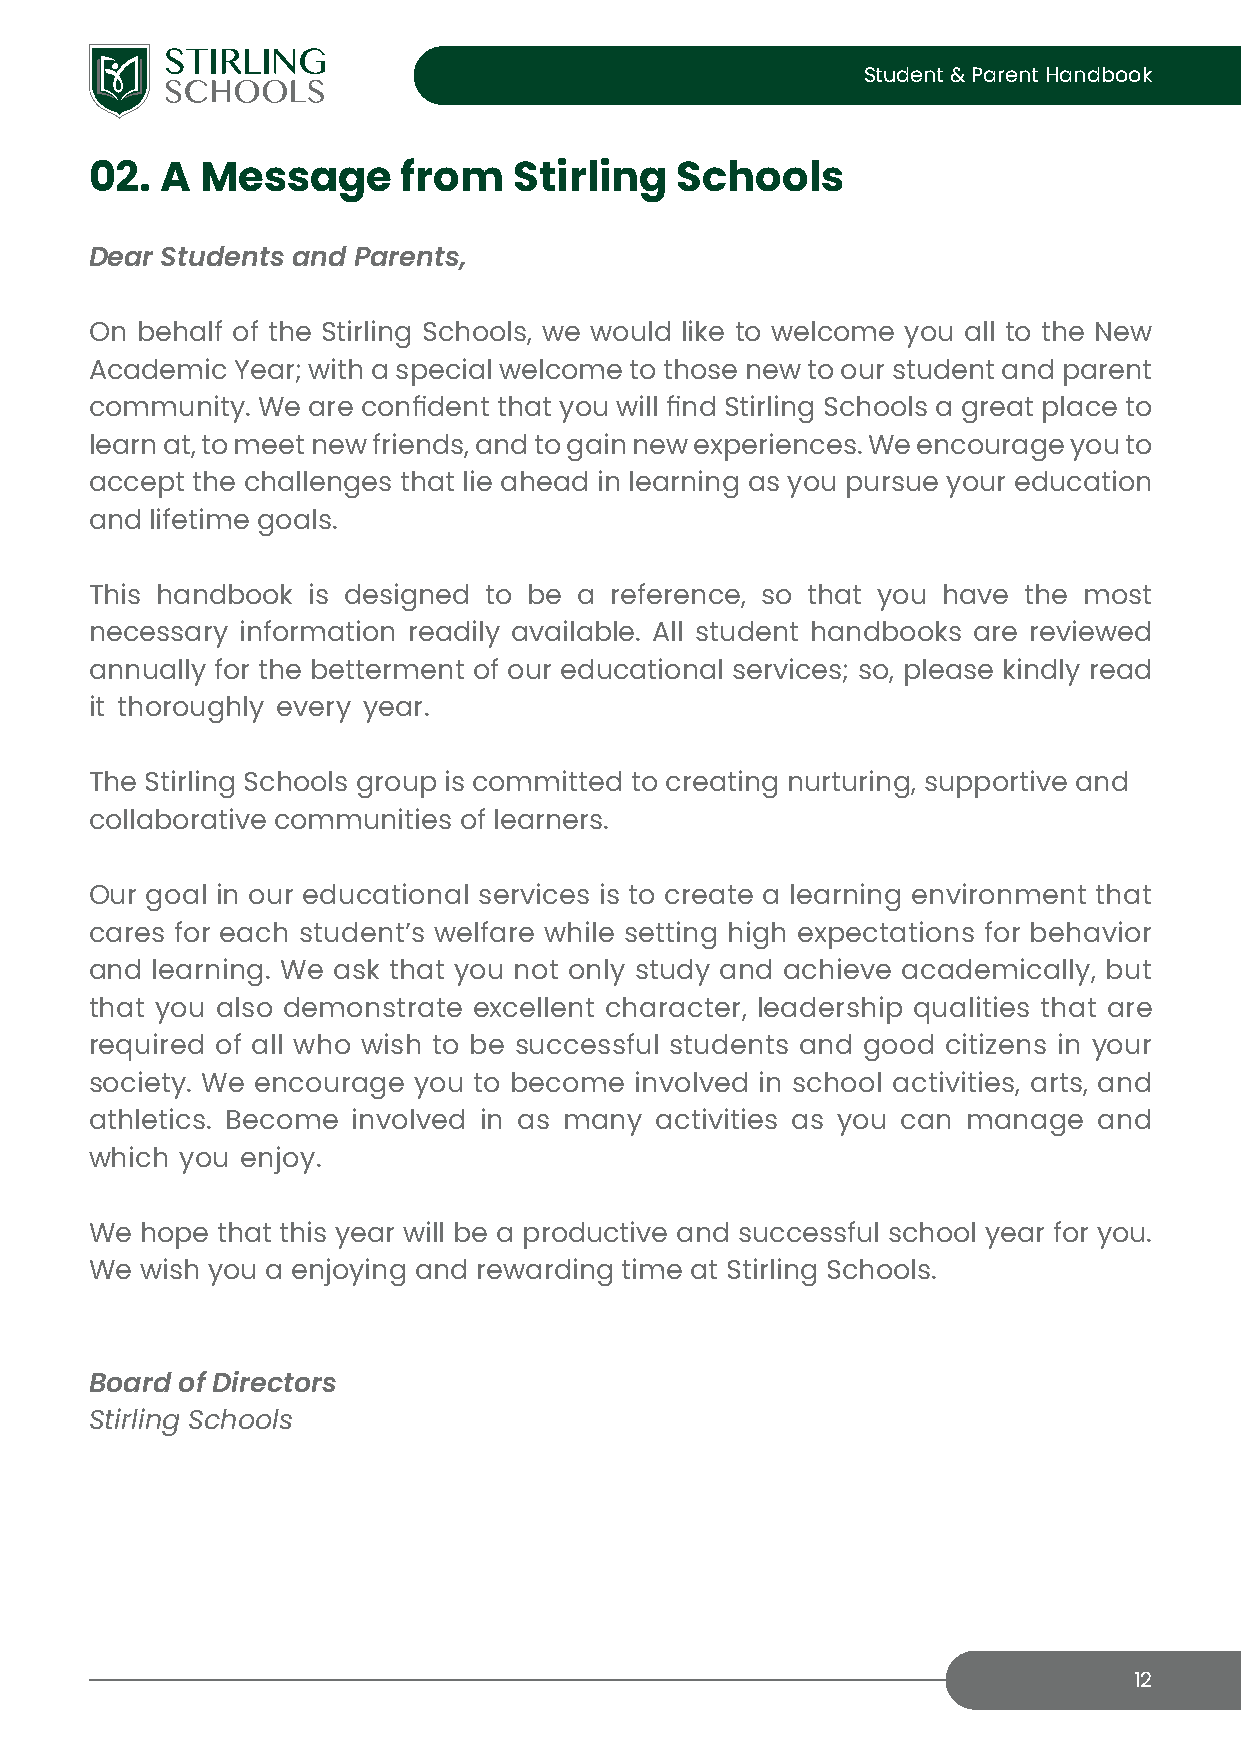
Student & Parent Handbook
 02.  A Message       from   Stirling   Schools
 Dear Students and Parents,
 On behalf of the Stirling Schools, we would like to welcome you all to the New
 Academic Year; with a special welcome to those new to our student and parent
 community. We are confident that you will find Stirling Schools a great place to
 learn at, to meet new friends, and to gain new experiences. We encourage you to
 accept the challenges that lie ahead in learning as you pursue your education
 and lifetime goals.
 This handbook is designed to be a reference, so that you have the most
 necessary information readily available. All student handbooks are reviewed
 annually for the betterment of our educational services; so, please kindly read
 it thoroughly every year.
 The Stirling Schools group is committed to creating nurturing, supportive and
 collaborative communities of learners.
 Our goal in our educational services is to create a learning environment that
 cares for each student’s welfare while setting high expectations for behavior
 and learning. We ask that you not only study and achieve academically, but
 that you also demonstrate excellent character, leadership qualities that are
 required of all who wish to be successful students and good citizens in your
 society. We encourage you to become involved in school activities, arts, and
 athletics. Become involved in as many activities as you can manage and
 which you enjoy.
 We hope that this year will be a productive and successful school year for you.
 We wish you a enjoying and rewarding time at Stirling Schools.
 Board of Directors
 Stirling Schools
 12